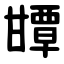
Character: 㽑